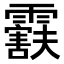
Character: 𬰒